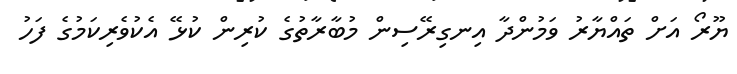
ޔޫރޯ އަށް ތައްޔާރު ވަމުންދާ އިނގިރޭސިން މުބާރާތުގެ ކުރިން ކުޅޭ އެކުވެރިކަމުގެ ފަހު